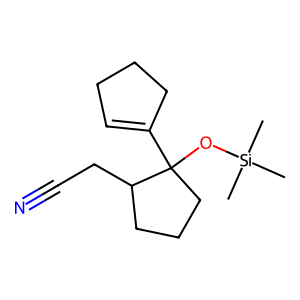
SMILES: C[Si](C)(C)OC1(C2=CCCC2)CCCC1CC#N
Inhibits HIV replication: No